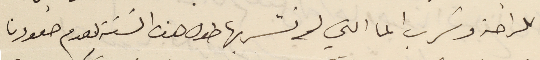
للراحة وشرب الما التي لم نشربها طول هذه السَنة لعدم صعودنا